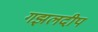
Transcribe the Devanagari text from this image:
गझलदीप